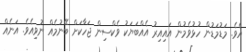
އެވެ. މަޑުމަޑުން ހުޅުވެމުން އައިއިރު އެއްބަޔަކު ވެކްސިން ޖަހާކަށް ބޭނުމެއް ނުވިއެވެ. އަނެއް